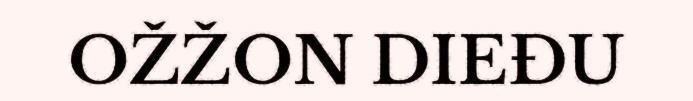
OŽŽON DIEĐU